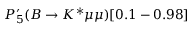
P _ { 5 } ^ { \prime } ( B \to K ^ { * } \mu \mu ) [ 0 . 1 - 0 . 9 8 ]